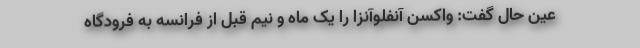
عین حال گفت: واکسن آنفلوآنزا را یک ماه و نیم قبل از فرانسه به فرودگاه